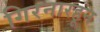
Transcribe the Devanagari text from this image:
गिरनारहून